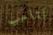
لتلعب